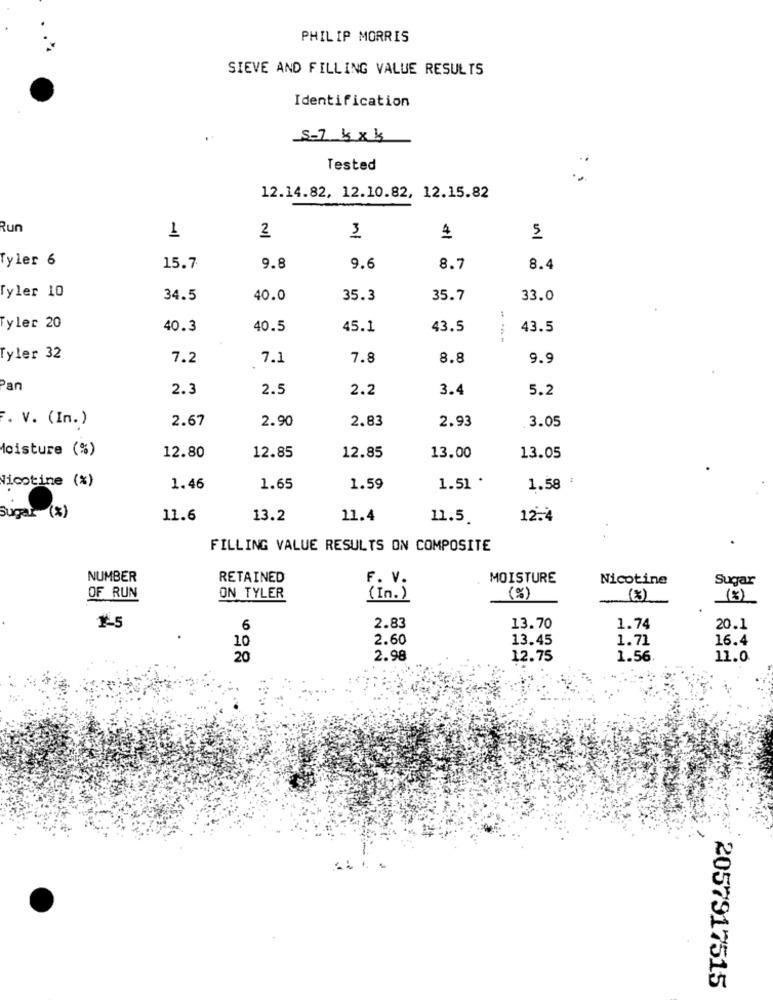
PHILIP MORRIS
SIEVE AND FILLING VALUE RESULTS
Identification
5-7 kxk
Tested
..
12.14.82, 12.10.82, 12.15.82
Run
1
3
2
4
5
Tyler 6
15.7
9.8
9.6
8.7
8.4
Tyler 10
34.5
40.0
35.3
35.7
33.0
Tyler 20
40.3
40.5
45.1
43.5
43.5
Tyler 32
7.2
7.1
7.8
8.8
9.9
Pan
2.3
2.5
2.2
3.4
5.2
F. V. (In.)
2.67
2.90
2.83
2.93
3.05
Moisture (%)
12.80
12.85
12.85
13.00
13.05
Nicotine (%)
1.46
1.65
1.59
1.51 .
1.58
Sugar (%)
11.6
13.2
11.4
11.5
12.4
FILLING VALUE RESULTS ON COMPOSITE
NUMBER
RETAINED
F. V.
MOISTURE
Nicotine
Sugar
OF RUN
ON TYLER
(In.)
(%)
(8)
(3)
1-5
6
2.83
13.70
1.74
20.1
2.60
13.45
1.71
16.4
10
20
2.98
12.75
1.56
11.0
2057917515